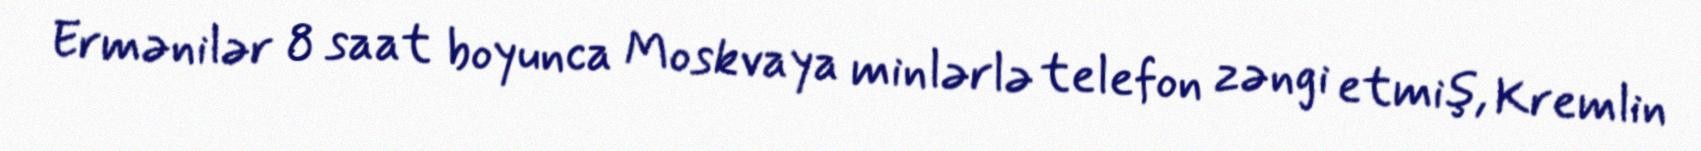
Ermənilər 8 saat boyunca Moskvaya minlərlə telefon zəngi etmiş, Kremlin